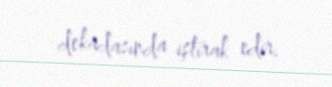
dekadasında iştirak edir.